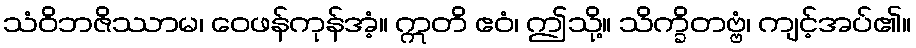
သံဝိဘဇိဿာမ၊ ဝေဖန်ကုန်အံ့။ ဣတိ ဧဝံ၊ ဤသို့။ သိက္ခိတဗ္ဗံ၊ ကျင့်အပ်၏။